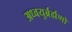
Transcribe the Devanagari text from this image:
अध्वयुर्ब्रर्ह्मणो